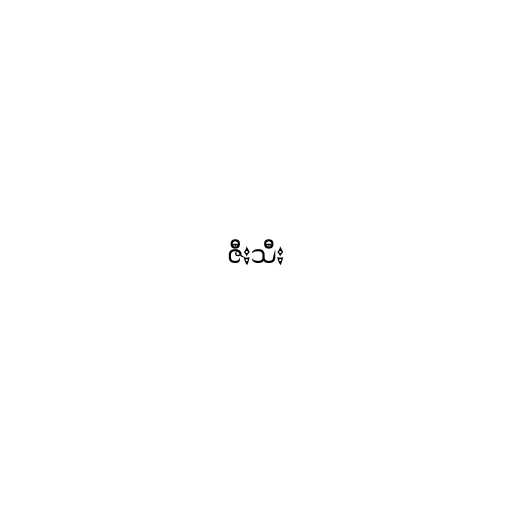
ဇီးသီး